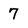
Character: 7